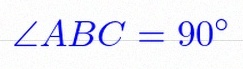
\angle ABC=90^\circ